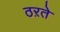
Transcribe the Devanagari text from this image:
ठऱते